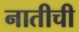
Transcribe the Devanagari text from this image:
नातीची